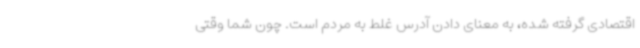
اقتصادی گرفته شده، به معنای دادن آدرس غلط به مردم است. چون شما وقتی